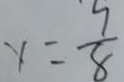
x = \frac { 9 } { 8 }